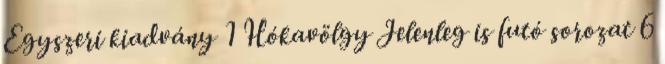
Egyszeri kiadvány 1 Hókavölgy Jelenleg is futó sorozat 6